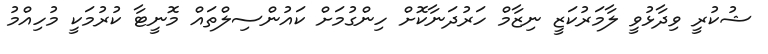
ޝުކުރީ ވިދާޅުވީ ލާމަރުކަޒީ ނިޒާމް ހަރުދަނާކޮށް ހިންގުމަށް ކައުންސިލްތައް މޮނީޓާ ކުރުމަކީ މުހިއްމު